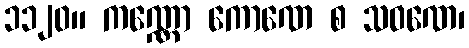
၁၁၂၀။ ကဏ္ဏော ကောဏေ စ သဝဏေ၊